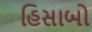
હિસાબો